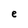
Character: e